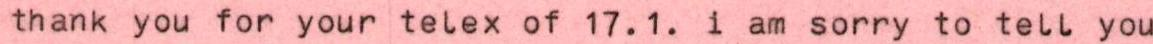
thank you for your telex of 17.1. i am sorry to tell you